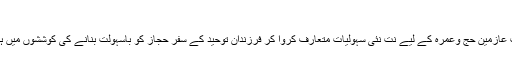
ہم غوطہ ... مزید
سعودی عرب کی حکومت عازمین حج وعمرہ کے لیے نت نئی سہولیات متعارف کروا کر فرزندان توحید کے سفر حجاز کو باسہولت بنانے کی کوششوں میں ہمہ تن مصروف رہتی ہے۔